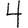
Digit: 4